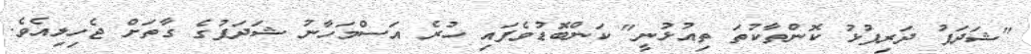
"ޝަދަފު ދަރިފުޅު ކޮންތާކުތަ ތިއުޅުނީ" ކަންބޮޑުވެފައި ހުރެ އަސްމަހާނު ޝަދަފުގެ ގާތަށް ޖެހިލިއެވެ.